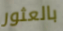
بالعثور